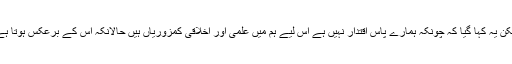
لیکن یہ کہا گیا کہ چونکہ ہمارے پاس اقتدار نہیں ہے اس لیے ہم میں علمی اور اخلاقی کمزوریاں ہیں حالانکہ اس کے برعکس ہوتا ہے۔